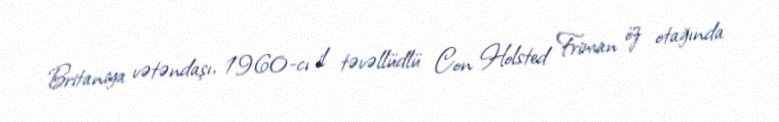
Britaniya vətəndaşı, 1960-cı il təvəllüdlü Con Holsted Friman öz otağında